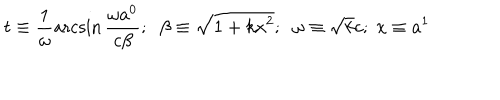
t \equiv \frac { 1 } { \omega } \operatorname { a r c s i n } \frac { \omega a ^ { 0 } } { c \beta } ; \; \; \beta \equiv \sqrt { 1 + k x ^ { 2 } } ; \; \; \omega \equiv \sqrt { k } c ; \; x \equiv a ^ { 1 }